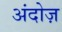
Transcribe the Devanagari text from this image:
अंदोज़